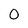
Character: O